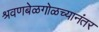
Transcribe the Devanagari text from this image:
श्रवणबेळगोळच्यानंतर